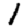
Digit: 1